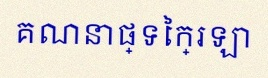
គណនាផ្ទៃក្រឡា